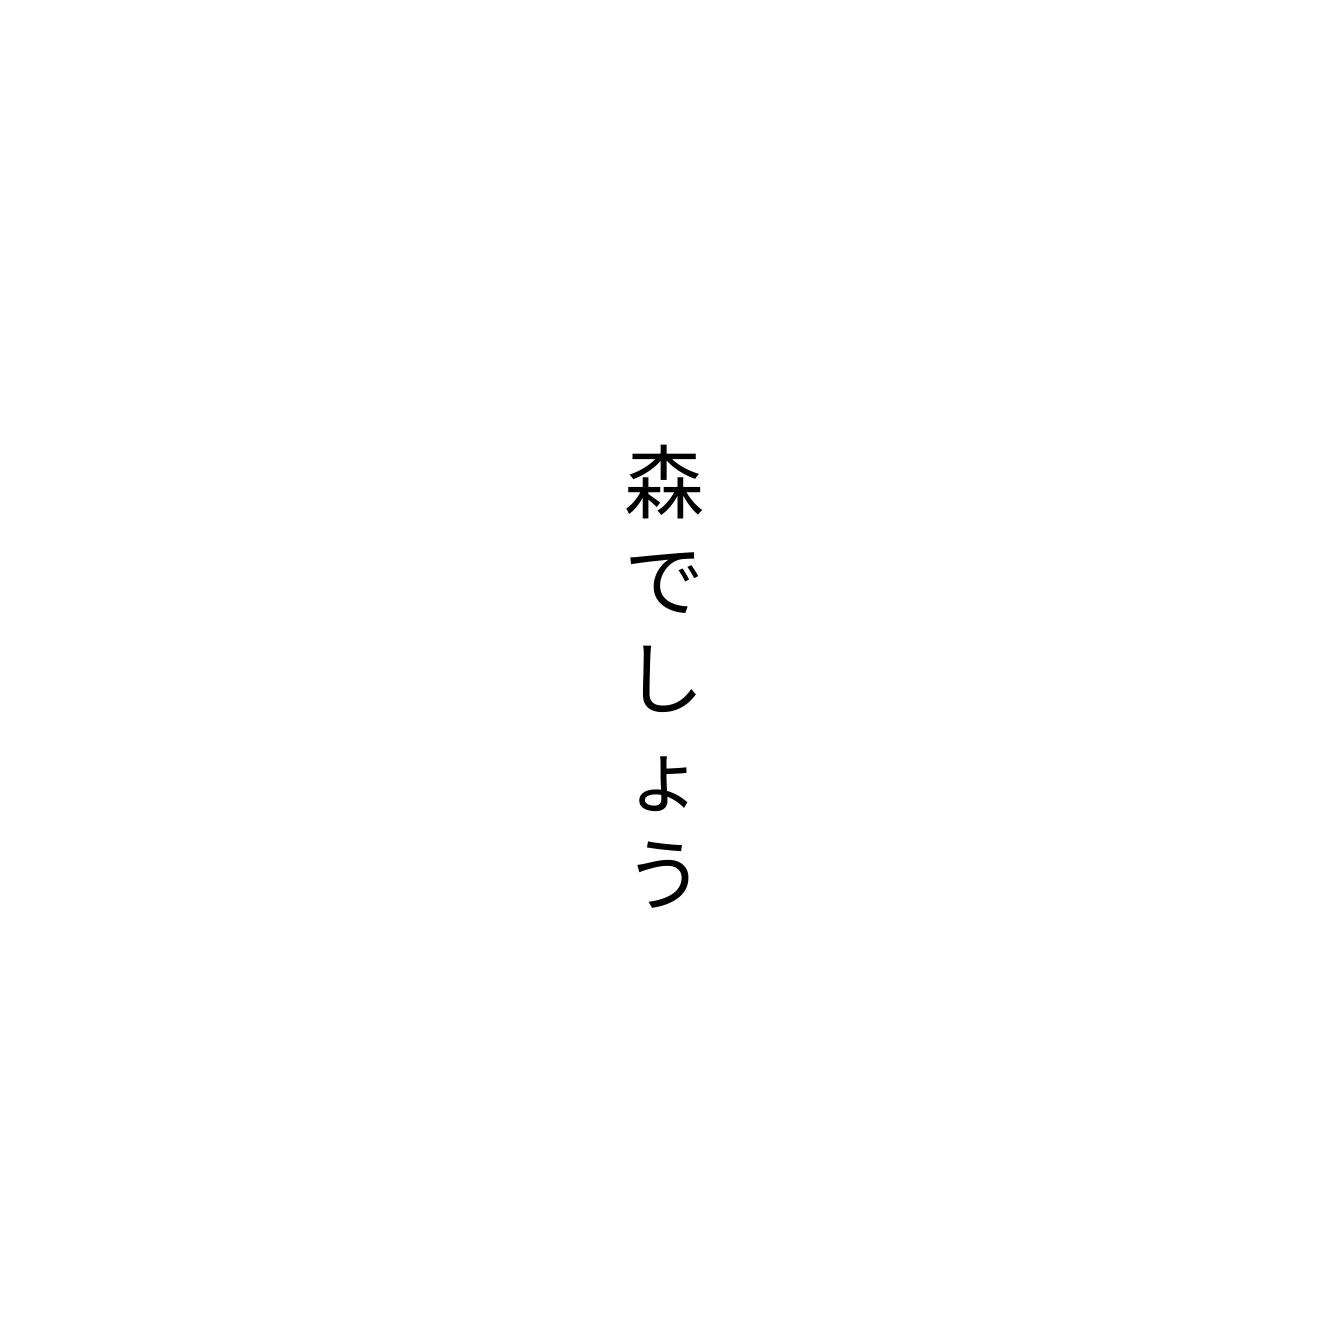
森でしょう